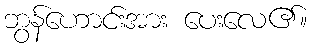
ဘွန်ဟောင်းအား ပေးလေ၏။